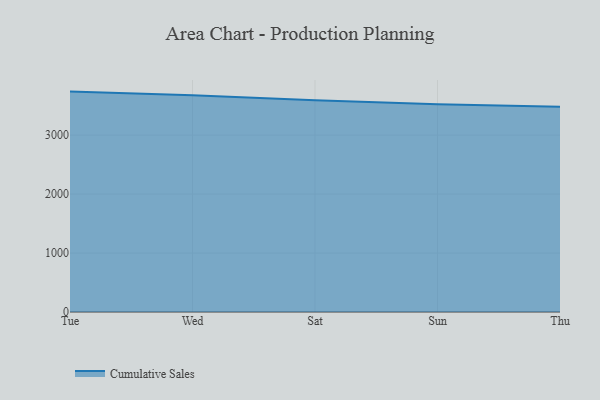
{"axis": {"x": "Day", "y": "Website Visitors"}, "legend": ["Cumulative Sales"], "data": [{"x": "Tue", "y": 3737.9, "type": "Cumulative Sales"}, {"x": "Wed", "y": 3673.9, "type": "Cumulative Sales"}, {"x": "Sat", "y": 3592.8, "type": "Cumulative Sales"}, {"x": "Sun", "y": 3525.2, "type": "Cumulative Sales"}, {"x": "Thu", "y": 3481.7, "type": "Cumulative Sales"}]}